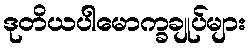
ဒုတိယပါမောက္ခချုပ်များ